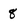
Character: 8